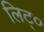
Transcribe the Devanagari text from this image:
लिट्०